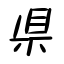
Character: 県